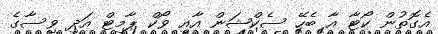
އެގޮތުން ކޯޓާ އާ ބެހޭ ސެކްޝަން އާއި ވޯކް ޕާމިޓް އަދި ވިސާގެ